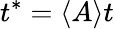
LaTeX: t^{*}=\langle A\rangle t